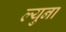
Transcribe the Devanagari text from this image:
ल्युना